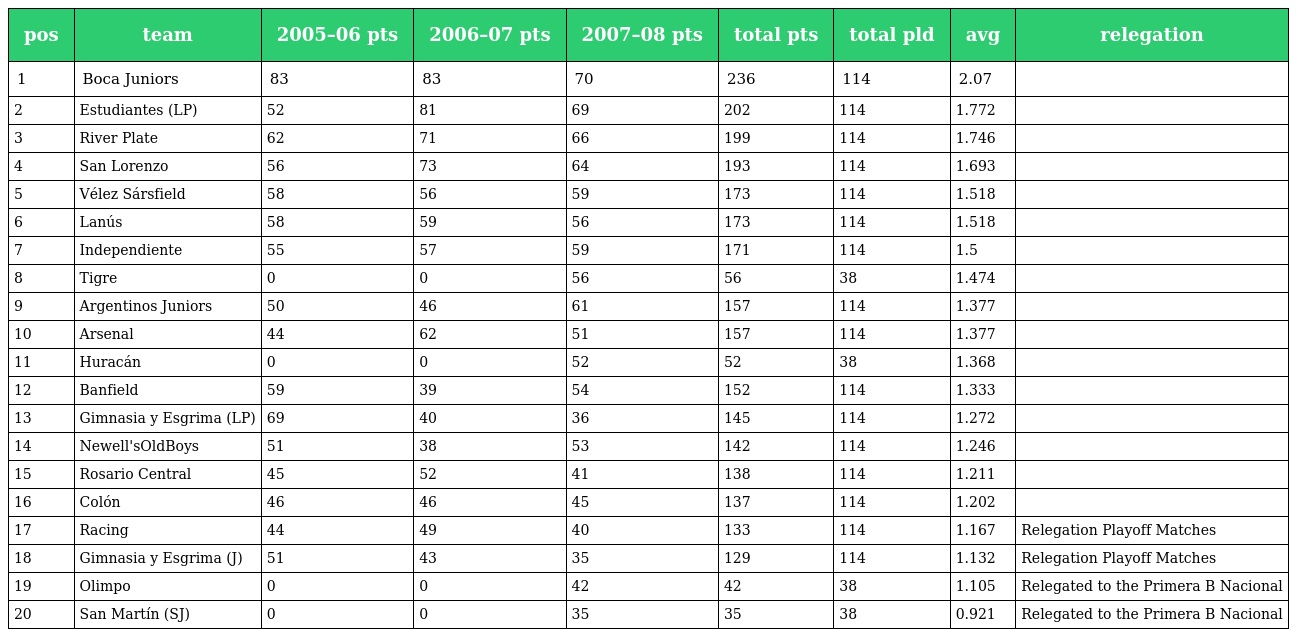
| pos | team | 2005–06 pts | 2006–07 pts | 2007–08 pts | total pts | total pld | avg | relegation |
 | --- | --- | --- | --- | --- | --- | --- | --- | --- |
 | 1 | Boca Juniors | 83 | 83 | 70 | 236 | 114 | 2.07 |  |
 | 2 | Estudiantes (LP) | 52 | 81 | 69 | 202 | 114 | 1.772 |  |
 | 3 | River Plate | 62 | 71 | 66 | 199 | 114 | 1.746 |  |
 | 4 | San Lorenzo | 56 | 73 | 64 | 193 | 114 | 1.693 |  |
 | 5 | Vélez Sársfield | 58 | 56 | 59 | 173 | 114 | 1.518 |  |
 | 6 | Lanús | 58 | 59 | 56 | 173 | 114 | 1.518 |  |
 | 7 | Independiente | 55 | 57 | 59 | 171 | 114 | 1.5 |  |
 | 8 | Tigre | 0 | 0 | 56 | 56 | 38 | 1.474 |  |
 | 9 | Argentinos Juniors | 50 | 46 | 61 | 157 | 114 | 1.377 |  |
 | 10 | Arsenal | 44 | 62 | 51 | 157 | 114 | 1.377 |  |
 | 11 | Huracán | 0 | 0 | 52 | 52 | 38 | 1.368 |  |
 | 12 | Banfield | 59 | 39 | 54 | 152 | 114 | 1.333 |  |
 | 13 | Gimnasia y Esgrima (LP) | 69 | 40 | 36 | 145 | 114 | 1.272 |  |
 | 14 | Newell'sOldBoys | 51 | 38 | 53 | 142 | 114 | 1.246 |  |
 | 15 | Rosario Central | 45 | 52 | 41 | 138 | 114 | 1.211 |  |
 | 16 | Colón | 46 | 46 | 45 | 137 | 114 | 1.202 |  |
 | 17 | Racing | 44 | 49 | 40 | 133 | 114 | 1.167 | Relegation Playoff Matches |
 | 18 | Gimnasia y Esgrima (J) | 51 | 43 | 35 | 129 | 114 | 1.132 | Relegation Playoff Matches |
 | 19 | Olimpo | 0 | 0 | 42 | 42 | 38 | 1.105 | Relegated to the Primera B Nacional |
 | 20 | San Martín (SJ) | 0 | 0 | 35 | 35 | 38 | 0.921 | Relegated to the Primera B Nacional |